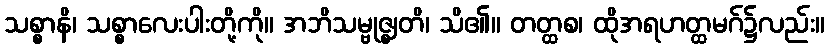
သစ္စာနိ၊ သစ္စာလေးပါးတို့ကို။ အဘိသမ္ဗုဇ္ဈတိ၊ သိ၏။ တတ္ထစ၊ ထိုအရဟတ္ထမဂ်၌လည်း။